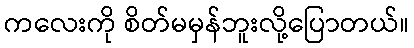
ကလေးကို စိတ်မမှန်ဘူးလို့ပြောတယ်။